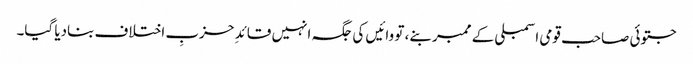
جتوئی صاحب قومی اسمبلی کے ممبر بنے، تو وائیں کی جگہ انہیں قائدِ حزبِ اختلاف بنادیا گیا۔